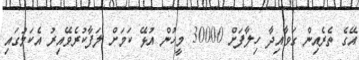
އޭގެ ތެރެއިން ގަވާއިދާ ހިލާފަށް 30000 މީހުން އުޅޭ ކަމަށް ލަފާކުރެވޭއިރު އެކަމުގައި